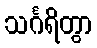
သင်္ဂရိတွာ